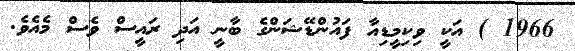
1966 ) އަކީ ވިކިމީޑިއާ ފައުންޑޭޝަންގެ ބާނީ އަދި ރައީސް ވެސް މެއެވެ.